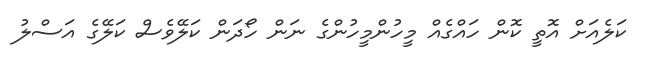
ކަލެއަށް އޮތީ ކޮން ހައްގެއް މީހުންމީހުންގެ ނަން ހޯދަން ކަލޭވެސް ކަލޭގެ އަސްލު